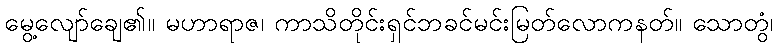
မွေ့လျော်ချေ၏။ မဟာရာဇ၊ ကာသိတိုင်းရှင်ဘခင်မင်းမြတ်လောကနတ်။ သောတွံ၊